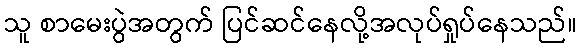
သူ စာမေးပွဲအတွက် ပြင်ဆင်နေလို့အလုပ်ရှုပ်နေသည်။